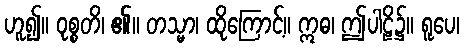
ဟူ၍။ ဝုစ္စတိ၊ ၏။ တသ္မာ၊ ထိုကြောင့်။ ဣဓ၊ ဤပါဠိ၌။ ရူပေ၊